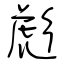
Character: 彪